Indian journal of veterinary science and animal husbandry - Volume 12,
Year: 1942
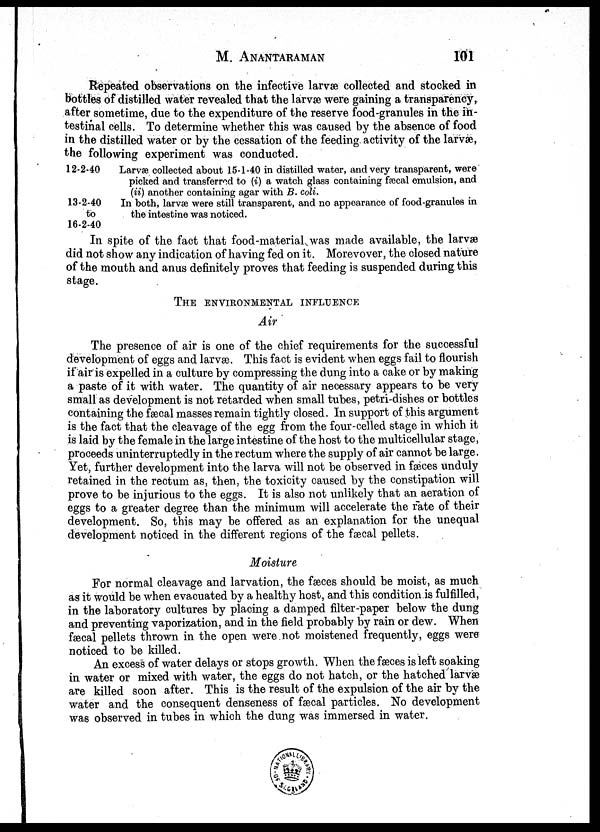
M.
ANANTARAMAN
101
Repeated observations on the infective larvæ collected and stocked in
bottles of distilled water revealed that the larvæ were gaining a transparency,
after sometime, due to the expenditure of the reserve food-granules in the in-
testinal cells. To determine whether this was caused by the absence of food
in the distilled water or by the cessation of the feeding activity of the larvæ,
the following experiment was conducted.
12-2-40
13-2-40
to
16-2-40
Larvæ collected about 15-1-40 in distilled water, and very transparent, were
picked and transferred to (i) a watch glass containing fæcal emulsion, and
(ii) another containing agar with B. coli.
In both, larvæ were still transparent, and no appearance of food-granules in
the intestine was noticed.
In spite of the fact that food-material was made available, the larvæ
did not show any indication of having fed on it. Morevover, the closed nature
of the mouth and anus definitely proves that feeding is suspended during this
stage.
THE ENVIRONMENTAL INFLUENCE
Air
The presence of air is one of the chief requirements for the successful
development of eggs and larvæ. This fact is evident when eggs fail to flourish
if air is expelled in a culture by compressing the dung into a cake or by making
a paste of it with water. The quantity of air necessary appears to be very
small as development is not retarded when small tubes, petri-dishes or bottles
containing the fæcal masses remain tightly closed. In support of this argument
is the fact that the cleavage of the egg from the four-celled stage in which it
is laid by the female in the large intestine of the host to the multicellular stage,
proceeds uninterruptedly in the rectum where the supply of air cannot be large.
Yet, further development into the larva will not be observed in fæces unduly
retained in the rectum as, then, the toxicity caused by the constipation will
prove to be injurious to the eggs. It is also not unlikely that an aeration of
eggs to a greater degree than the minimum will accelerate the rate of their
development. So, this may be offered as an explanation for the unequal
development noticed in the different regions of the fæcal pellets.
Moisture
For normal cleavage and larvation, the fæces should be moist, as much
as it would be when evacuated by a healthy host, and this condition is fulfilled,
in the laboratory cultures by placing a damped filter-paper below the dung
and preventing vaporization, and in the field probably by rain or dew. When
fæcal pellets thrown in the open were not moistened frequently, eggs were
noticed to be killed.
An excess of water delays or stops growth. When the fæces is left soaking
in water or mixed with water, the eggs do not hatch, or the hatched larvæ
are killed soon after. This is the result of the expulsion of the air by the
water and the consequent denseness of fæcal particles. No development
was observed in tubes in which the dung was immersed in water.